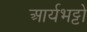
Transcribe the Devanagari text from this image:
आर्यभट्टो